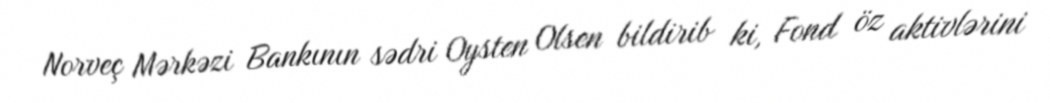
Norveç Mərkəzi Bankının sədri Oysten Olsen bildirib ki, Fond öz aktivlərini